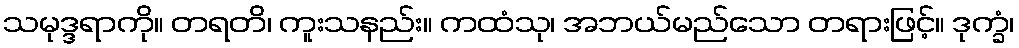
သမုဒ္ဒရာကို။ တရတိ၊ ကူးသနည်း။ ကထံသု၊ အဘယ်မည်သော တရားဖြင့်။ ဒုက္ခံ၊